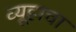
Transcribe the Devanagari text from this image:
व्यूहाचा